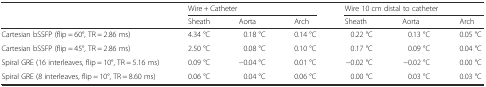
<table><thead><tr><td></td><td colspan="3"><b>Wire + Catheter</b></td><td colspan="3"><b>Wire 10 cm distal to catheter</b></td></tr><tr><td></td><td><b>Sheath</b></td><td><b>Aorta</b></td><td><b>Arch</b></td><td><b>Sheath</b></td><td><b>Aorta</b></td><td><b>Arch</b></td></tr></thead><tbody><tr><td>Cartesian bSSFP (flip = 60°, TR = 2.86 ms)</td><td>4.34 °C</td><td>0.18 °C</td><td>0.14 °C</td><td>0.22 °C</td><td>0.13 °C</td><td>0.05 °C</td></tr><tr><td>Cartesian bSSFP (flip = 45°, TR = 2.86 ms)</td><td>2.50 °C</td><td>0.08 °C</td><td>0.10 °C</td><td>0.17 °C</td><td>0.09 °C</td><td>0.04 °C</td></tr><tr><td>Spiral GRE (16 interleaves, flip = 10°, TR = 5.16 ms)</td><td>0.09 °C</td><td>−0.04 °C</td><td>0.01 °C</td><td>−0.02 °C</td><td>−0.02 °C</td><td>0.00 °C</td></tr><tr><td>Spiral GRE (8 interleaves, flip = 10°, TR = 8.60 ms)</td><td>0.06 °C</td><td>0.04 °C</td><td>0.06 °C</td><td>0.00 °C</td><td>0.03 °C</td><td>0.03 °C</td></tr></tbody></table>